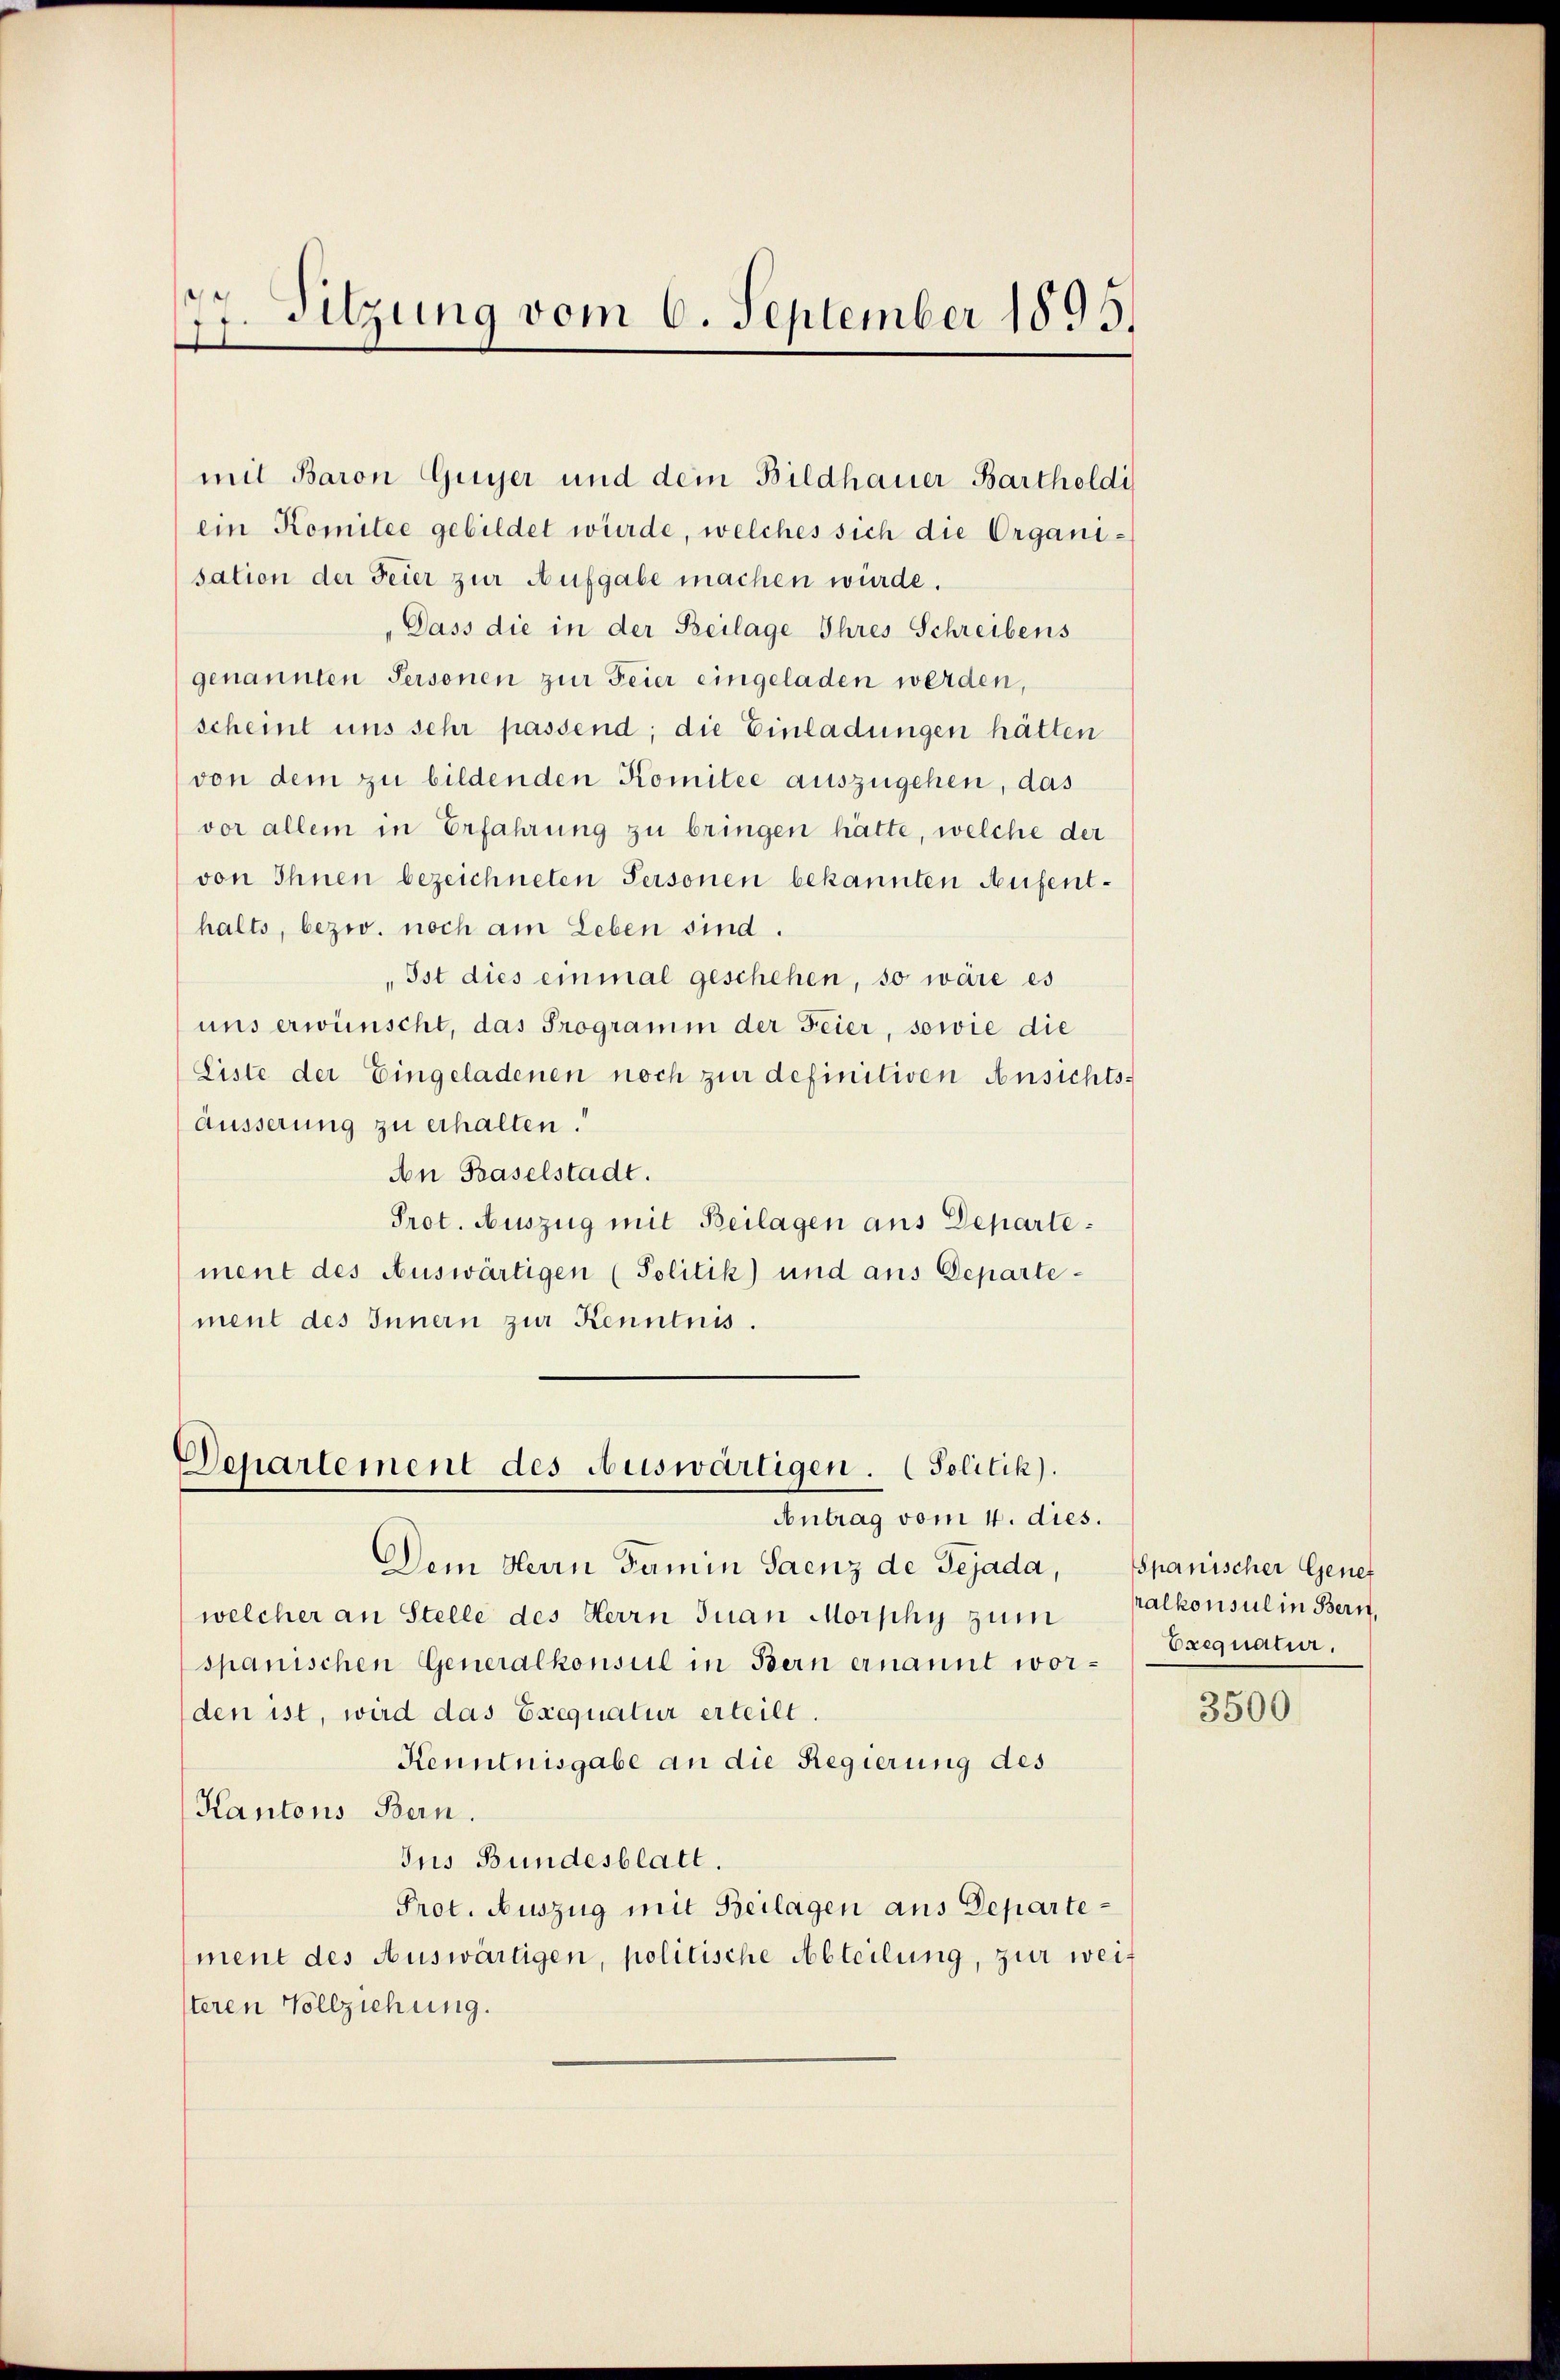
77. Sitzung vom 6. September 1895.

äusserung zu erhalten.“
ment des Innern zur Kenntnis.

mit Baron Guyer und dem Bildhauer Bartholdi
ein Komitee gebildet würde, welches sich die Organisation der Feier zur Aufgabe machen würde.
Dass die in der Beilage Ihres Schreibens
genannten Personen zur Feier eingeladen werden,
scheint uns sehr passend; die Einladungen hätten
von dem zu bildenden Komitee auszugehen, das
vor allem in Erfahrung zu bringen hätte, welche der
von Ihnen bezeichneten Personen bekannten Aufenthalts, bezw. noch am Leben sind.
Ist dies einmal geschehen, so wäre es
uns erwünscht, das Programm der Feier, sowie die
Liste der Eingeladenen noch zur definitiven Ansichts¬
An Baselstadt.
Prot. Auszug mit Beilagen aus Departe:
ment des Auswärtigen (Politik) und aus Departe¬

Departement des Auswärtigen. (Solitik).
Antrag vom 4. dies.

Dem Herrn Famin Saenz de Tejada, spanischer Gener
welcher an Stelle des Herrn Juan Morphy zŭm Palkonsul in Bern.
spanischen Generalkonsul in Bern ernannt worden ist, wird das Exequatur erteilt.
Kenntnisgabe an die Regierung des
Kantons Bern.
Jus Bundesblatt.
Prot. Auszug mit Beilagen aus Departement des Auswärtigen, politische Abteilung, zur weit
steren Vollziehung.

Erequatur.

3500